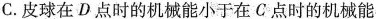
C.皮球在D点时的机械能小于在C点时的机械能